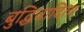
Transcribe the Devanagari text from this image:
बुद्धिवादिता